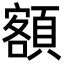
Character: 額